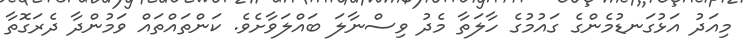
މިއަދު އަޅުގަނޑުމެންގެ ގައުމުގެ ހާލަތާ މެދު ވިސްނާލަ ބައްލަވާށެވެ. ކަަންތައްތައް ވަމުންދާ ދެރަގޮތާ